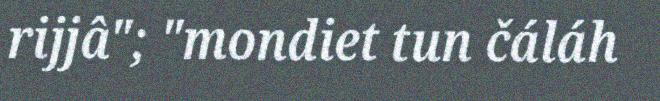
rijjâ"; "mondiet tun čáláh